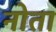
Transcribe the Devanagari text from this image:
नोता